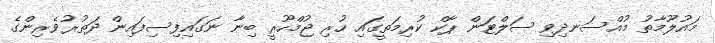
މައުލޫމާތު މުއްސަނދިވި ސަލްޓަން ޕާކް ކުރިމަތީގައި ހުރި ޖުމްހޫރީ ބިނާ ނަގައިފިސިފައިން ދަތުރުވެރިންގެ